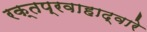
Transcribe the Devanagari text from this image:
रक्तप्रवाहाद्वारे